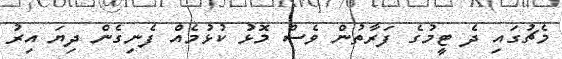
މެޗުގައި ދެ ޓީމުގެ ފަރާތުން ވެސް މޮޅު ކުޅުމެއް ފެނިގެން ދިޔަ އިރު